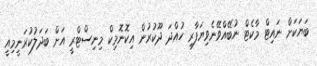
ބަޔަކަށް ނައިޓް މާކެޓް ނުބޭއްވޭނެވިޔަފާރި ހުއްދަ ދޫކުރުން އިކޮނޮމިކް މިނިސްޓްރީ އަށް ބަދަލުކުރަނީމިއީ